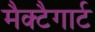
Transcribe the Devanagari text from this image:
मैक्टैगार्ट